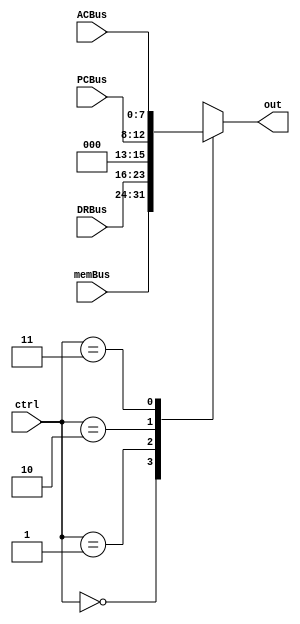
//Written By: Grant
module MUX(
    input [7:0] memBus,
    input [7:0] DRBus,
    input [4:0] PCBus,
    input [7:0] ACBus,
    input [1:0] ctrl,
    output reg [7:0] out);

    //Select the correct device to use the bus
    always @(*) begin
        case (ctrl)
            2'b00: out = memBus; 
            2'b01: out = DRBus; 
            2'b10: out = {3'b0, PCBus};
            2'b11: out = ACBus;
            default: out = 8'b0;
        endcase
    end

endmodule